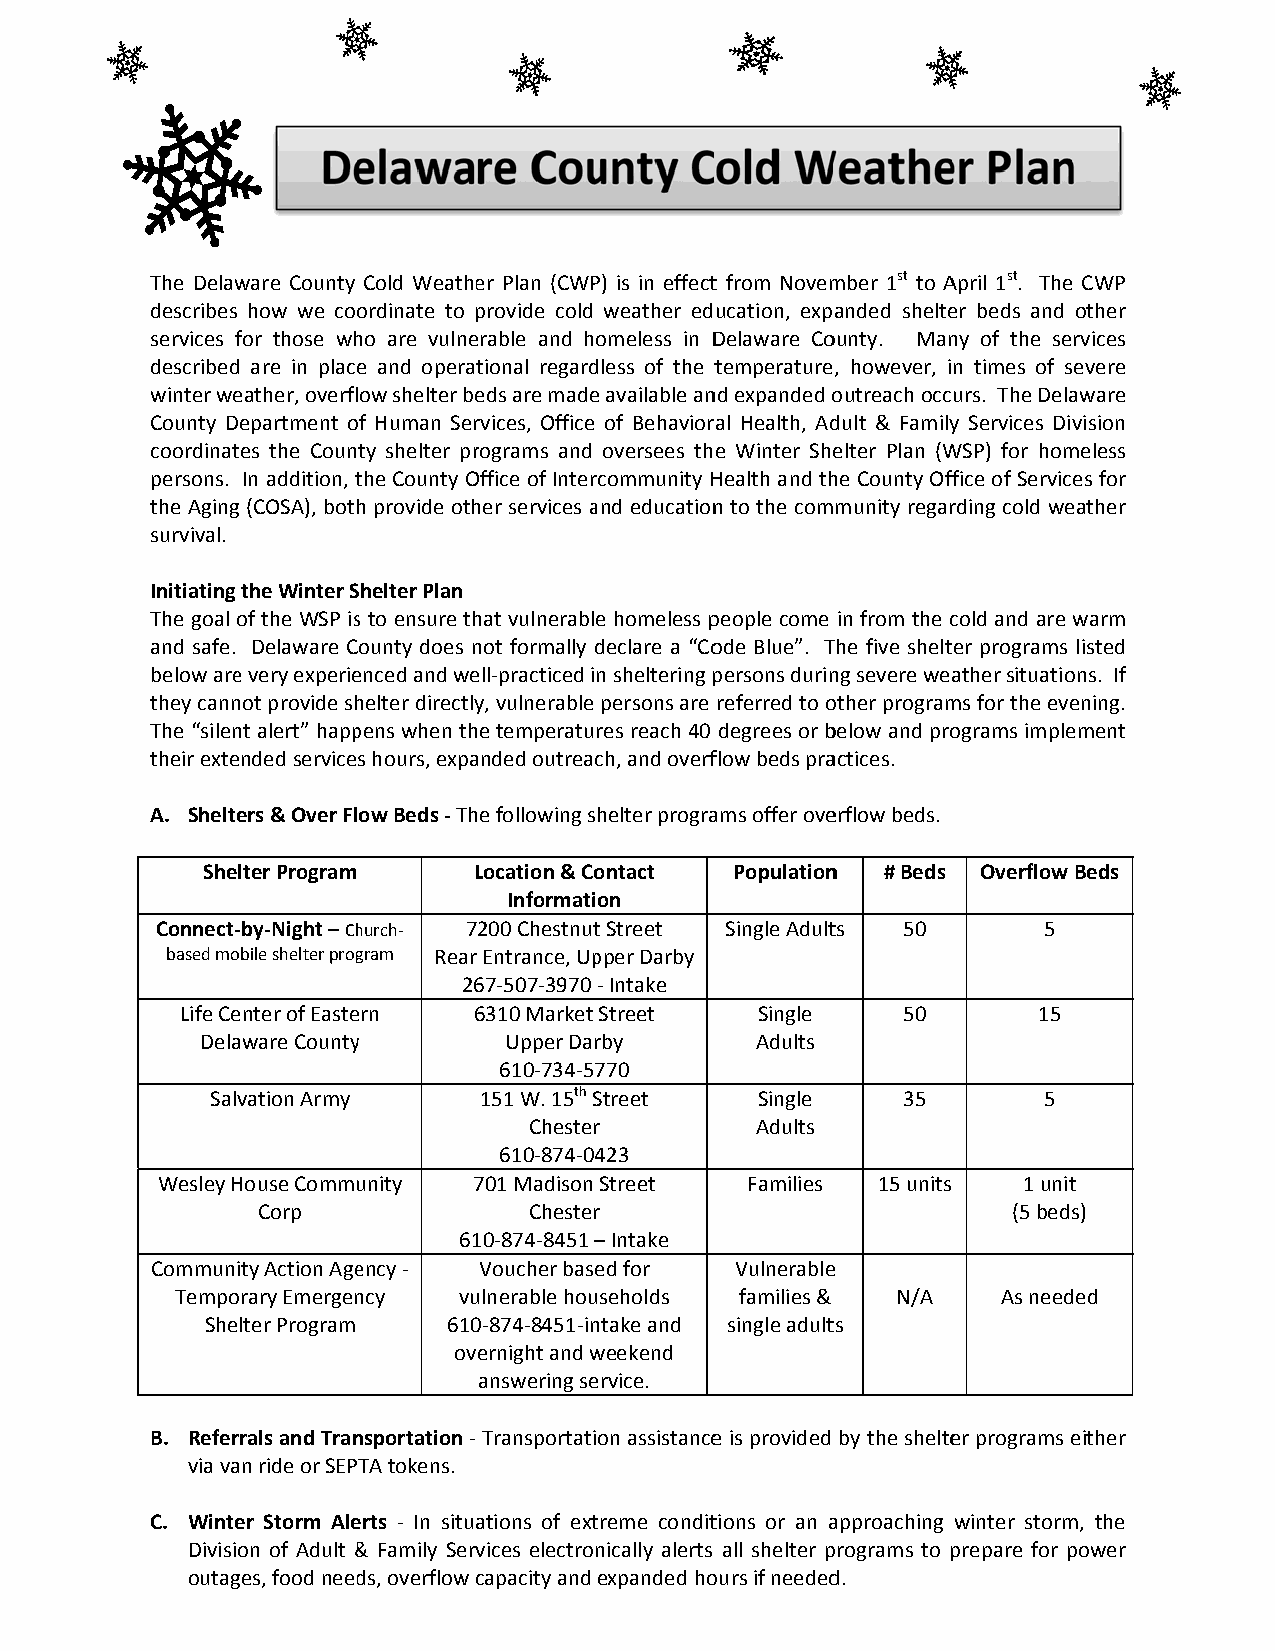
The Delawware County Cold Weatheer Plan (CWPP) is in effectt from Novemmber 1st to AApril 1st. Thee CWP
 describes how we cooordinate to pprovide cold weather education, expanded shelteer beds and other
 services ffor those whho are vulneerable and homeless in DDelaware Coounty. Manny of the services
 describedd are in placee and operattional regarddless of the ttemperature, however, in times of ssevere
 winter weeather, overflow shelter beeds are madee available annd expanded ooutreach occurs. The Delaaware
 County Department oof Human Serrvices, Office of Behavioral Health, Addult & Familyy Services Division
 coordinattes the County shelter prrograms and oversees the Winter Sheelter Plan (WWSP) for hommeless
 persons. In addition, tthe County OOffice of Interrcommunity HHealth and thhe County Offfice of Services for
 the Agingg (COSA), bothh provide othher services aand educationn to the community regarrding cold weeather
 survival.
 Initiating the Winter SShelter Plan
 The goal oof the WSP iss to ensure thhat vulnerable homeless ppeople come in from the ccold and are warm
 and safe. Delaware CCounty does nnot formally ddeclare a “Coode Blue”. TThe five shelter programs listed
 below aree very experieenced and weell‐practiced in sheltering ppersons durinng severe weaather situatioons. If
 they cannnot provide shhelter directlyy, vulnerable persons are referred to oother programms for the eveening.
 The “silennt alert” happpens when thhe temperatures reach 40 degrees or bbelow and proograms impleement
 their exteended services hours, expaanded outreach, and overfflow beds praactices.
 A. Shelteers & Over Flow Beds ‐ Thhe following shelter prograams offer oveerflow beds.
 Shelter Program   LLocation & Coontact Populationn # Beds Overflow Beds
 Information
 Connect‐‐by‐Night – Chhurch‐ 7200 Chestnutt Street Single Adultts 50 5
 based moobile shelter proggram Rear Entrance, Uppper Darby
 2667‐507‐3970‐ Intake
 Life Ceenter of Easteern 66310 Market Street Single 50   15
 Delaaware Countyy   Upper Darrby     Adults
 610‐734‐5770
 Salvvation Army   151 W. 15th SStreet Single  35       5
 Chesterr       Adults
 610‐874‐04423
 Wesley HHouse Commuunity 7701 Madison Street Families 15 units 1 unitt
 Corp              Chesterr                        (5 beds)
 6110‐874‐8451 –– Intake
 Communiity Action Ageency ‐ Voucher baseed for Vulnerablee
 Tempoorary Emergenncy vuulnerable houuseholds families & N/A As needded
 Shelter Program 6100‐874‐8451‐inntake and single adultts
 overnight and wweekend
 answering seervice.
 B. Referrrals and Trannsportation ‐ Transportation assistancee is provided by the shelteer programs eeither
 via vaan ride or SEPTA tokens.
 C. Winteer Storm Aleerts ‐ In situaations of exttreme condittions or an aapproaching winter stormm, the
 Divisioon of Adult && Family Servvices electronically alerts all shelter pprograms to pprepare for ppower
 outagges, food needds, overflow ccapacity and expanded hoours if neededd.